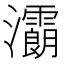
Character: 𤅉